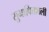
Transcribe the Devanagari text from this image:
सुभाषितावली